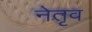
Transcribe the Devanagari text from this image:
नेतृव